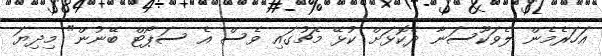
އަހަރެމެން ލެވަކޫސަނާ ދެކޮޅަށް ކުޅޭ މެޗުގައި ވެސް އެ ސަޕޯޓް ބޭނުން" މިިދިޔަ